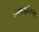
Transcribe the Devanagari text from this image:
झकझोरना